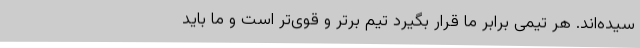
سیده‌اند. هر تیمی برابر ما قرار بگیرد تیم برتر و قوی‌تر است و ما باید